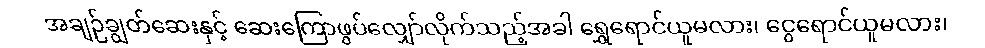
အချဉ်ချွတ်ဆေးနှင့် ဆေးကြောဖွပ်လျှော်လိုက်သည့်အခါ ရွှေရောင်ယူမလား၊ ငွေရောင်ယူမလား၊